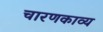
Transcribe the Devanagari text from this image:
चारणकाव्य